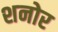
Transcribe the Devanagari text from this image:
शनोर